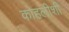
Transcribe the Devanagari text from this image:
कोहलीशी